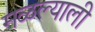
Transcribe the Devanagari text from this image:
मळल्याली